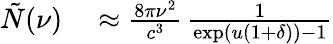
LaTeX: \begin{array}{rl}{\tilde{N}(\nu)}&{{}\approx\frac{8\pi\nu^{2}}{c^{3}}\, \frac{1}{\exp(u(1+\delta))-1}}\end{array}